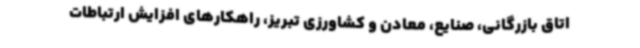
اتاق بازرگانی، صنایع، معادن و کشاورزی تبریز، راهکارهای افزایش ارتباطات